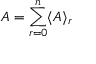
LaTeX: A = \sum _ { r = 0 } ^ { n } \langle A \rangle _ { r }